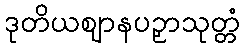
ဒုတိယဈာနပဉှာသုတ္တံ